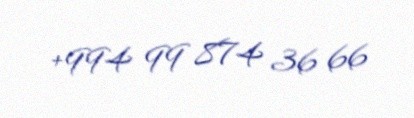
+994 99 874 36 66